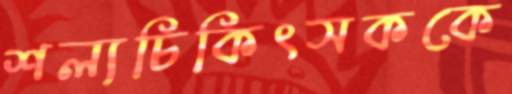
শল্যচিকিৎসককে